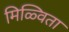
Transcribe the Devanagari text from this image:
मिळ्विता